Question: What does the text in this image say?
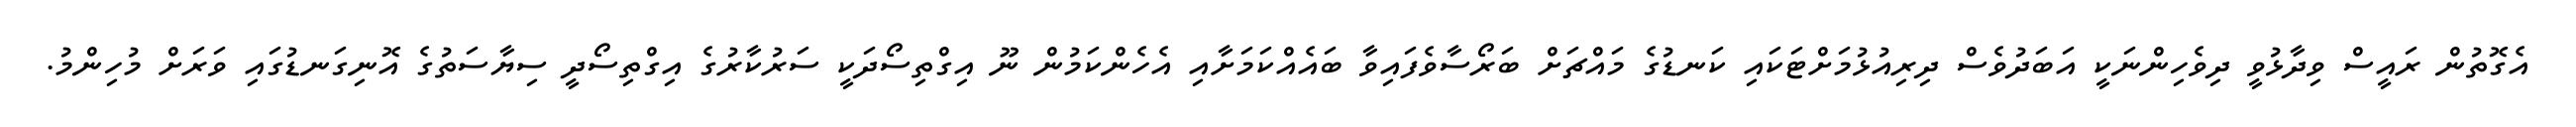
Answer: އެގޮތުން ރައީސް ވިދާޅުވީ ދިވެހިންނަކީ އަބަދުވެސް ދިރިއުޅުމަށްޓަކައި ކަނޑުގެ މައްޗަށް ބަރޯސާވެފައިވާ ބައެއްކަމަށާއި އެހެންކަމުން ނޫ އިގްތިސޯދަކީ ސަރުކާރުގެ އިގްތިސޯދީ ސިޔާސަތުގެ އޮނިގަނޑުގައި ވަރަށް މުހިންމު.